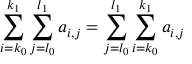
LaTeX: \sum _ { i = k _ { 0 } } ^ { k _ { 1 } } \sum _ { j = l _ { 0 } } ^ { l _ { 1 } } a _ { i , j } = \sum _ { j = l _ { 0 } } ^ { l _ { 1 } } \sum _ { i = k _ { 0 } } ^ { k _ { 1 } } a _ { i , j } \quad